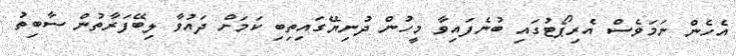
އެހެން ނަމަވެސް އެރިޕޯޓުގައި ބުނެފައިވާ މީހުން ދުނިޔޭގައިތިބި ކަމަށް ދައުވާ ލިބޭފަރާތުން ސާބިތު